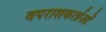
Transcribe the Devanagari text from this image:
वपराशकर्ताओं